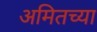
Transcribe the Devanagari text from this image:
अमितच्या